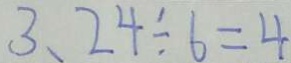
3 、 2 4 \div 6 = 4